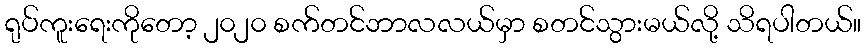
ရုပ်ကူးရေးကိုတော့ ၂၀၂၀ စက်တင်ဘာလလယ်မှာ စတင်သွားမယ်လို့ သိရပါတယ်။